Madras plague regulations and rules - Volume 1
Disease focus: Plague
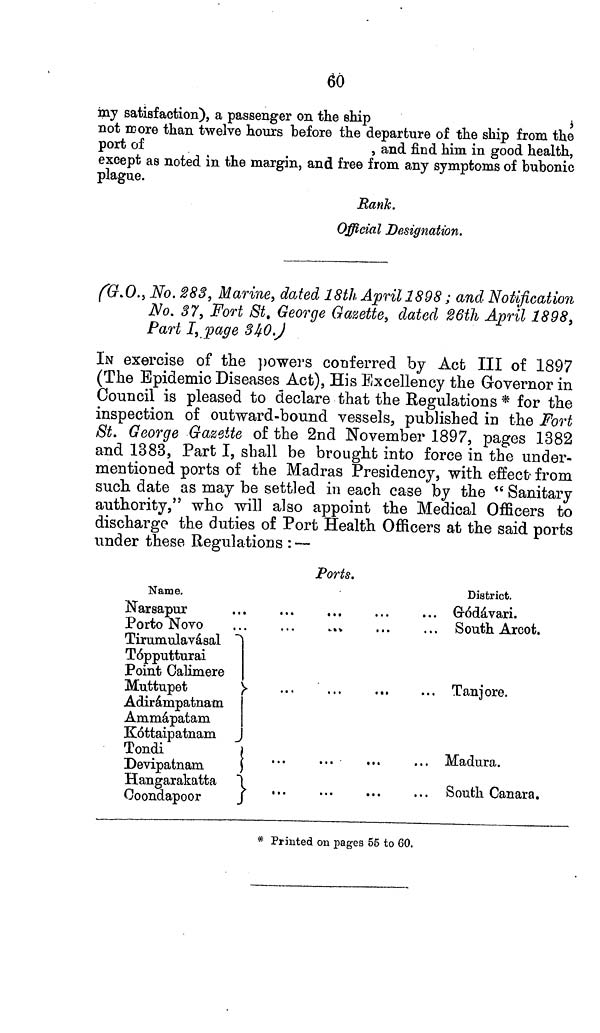
60
ray satisfaction), a passenger on the ship
not more than twelve hours before the departure of the ship from the
port of
, and find him in good health,
except as noted in the margin, and free from any symptoms of bubonic
plague.
Rank.
Official Designation.
(G.O., No. 283, Marine, dated 18th April 1898; and Notification
No. 37, Fort St. George Gazette, dated 26th April 1898,
Part I, page 340.)
IN exercise of the powers conferred by Act III of 1897
(The Epidemic Diseases Act), His Excellency the Governor in
Council is pleased to declare that the Regulations * for the
inspection of outward-bound vessels, published in the Fort
St. George Gazette of the 2nd November 1897, pages 1382
and 1383, Part I, shall be brought into force in the under-
mentioned ports of the Madras Presidency, with effect- from
such date as may be settled in each case by the "Sanitary
authority," who will also appoint the Medical Officers to
discharge the duties of Port Health Officers at the said ports
under these Regulations : —
Ports.
Name.
Narsapur
Porto Novo
Tirumulavásal
Tópputturai
Point Calimere
Muttupet
Adirámpatnam
Ammápatam
Kóttaipatnam
Tondi
Devipatnam
Hangarakatta
Coondapoor
District.
Gódávari.
South Arcot.
Tanjore.
Madura.
South Canara.
* Printed on pages 55 to 60.